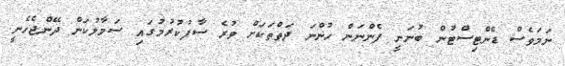
ނަމަވެސް ޑެންޓިސްޓުން ބުނަނީ ފެންނަން ހުންނަ ދަތްތަކަށް ވުރެ ސާފުކުރުމުގައި ސަމާލުކަން ދޭންޖެހެނީ